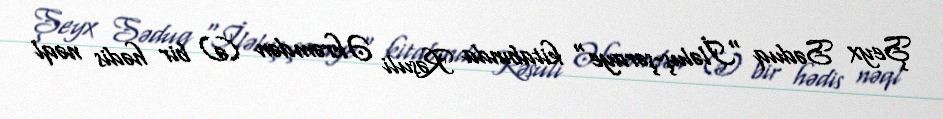
Şeyx Səduq "İləluş-şəraye" kitabında Rəsuli Əkrəmdən (ə) bir hədis nəql